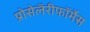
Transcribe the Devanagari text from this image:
प्रोसेलॅरीफॉर्मेस